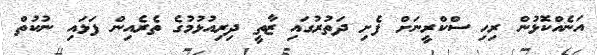
އަނެއްކޮޅުން ރިހި ސްކްރީނަށް ފެށި ދަތުރުގައި ޒާތީ ދިރިއުޅުމުގެ ތެރެއިން ފަޅައި ނުކުތް